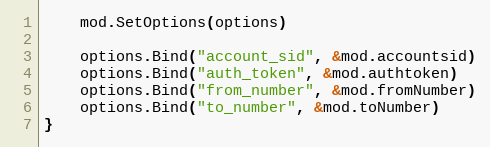
Language: Go
	mod.SetOptions(options)

	options.Bind("account_sid", &mod.accountsid)
	options.Bind("auth_token", &mod.authtoken)
	options.Bind("from_number", &mod.fromNumber)
	options.Bind("to_number", &mod.toNumber)
}